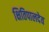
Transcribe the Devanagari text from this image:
क्षितिपालदेव